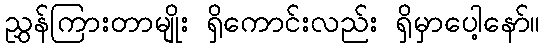
ညွှန်ကြားတာမျိုး ရှိကောင်းလည်း ရှိမှာပေါ့နော်။